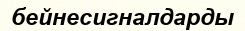
бейнесигналдарды